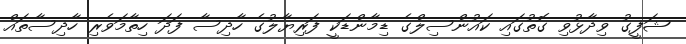
ޝަފީގު ވިދާޅުވި ގޮތުގައި ކައުންސިލްގެ ޑިމާންޑަކީ ފަރިޔާލުގެ ހާދިސާ ފަދަ ހިތާމަވެރި ހާދިސާތައް